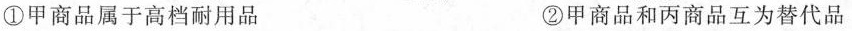
①甲商品属于高档耐用品 ②甲商品和丙商品互为替代品